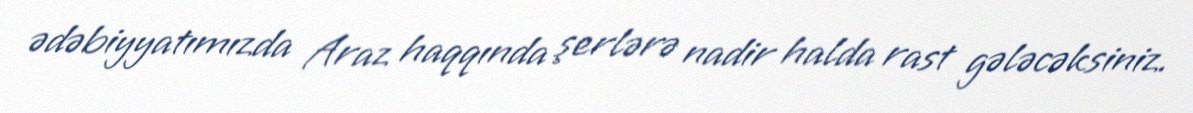
ədəbiyyatımızda Araz haqqında şerlərə nadir halda rast gələcəksiniz.